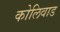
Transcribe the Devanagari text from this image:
कोलिवाड